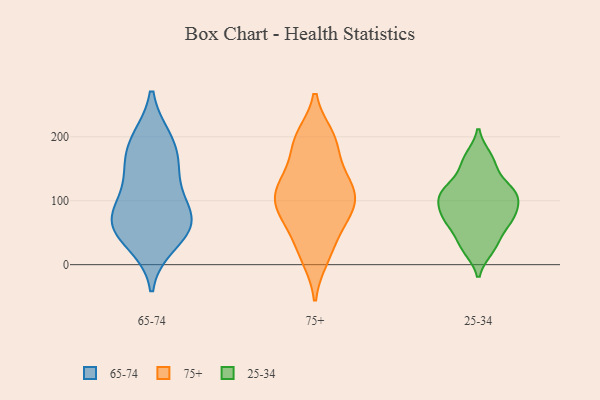
{"axis": {"x": "Revenue (USD Million)", "y": "Value"}, "legend": ["25-34", "65-74", "75+"], "data": [{"x": "", "y": 193, "type": "65-74"}, {"x": "", "y": 162, "type": "65-74"}, {"x": "", "y": 119, "type": "65-74"}, {"x": "", "y": 55, "type": "65-74"}, {"x": "", "y": 70, "type": "65-74"}, {"x": "", "y": 34, "type": "65-74"}, {"x": "", "y": 78, "type": "65-74"}, {"x": "", "y": 147, "type": "65-74"}, {"x": "", "y": 195, "type": "65-74"}, {"x": "", "y": 73, "type": "65-74"}, {"x": "", "y": 61, "type": "65-74"}, {"x": "", "y": 186, "type": "75+"}, {"x": "", "y": 106, "type": "75+"}, {"x": "", "y": 78, "type": "75+"}, {"x": "", "y": 199, "type": "75+"}, {"x": "", "y": 87, "type": "75+"}, {"x": "", "y": 12, "type": "75+"}, {"x": "", "y": 65, "type": "75+"}, {"x": "", "y": 126, "type": "75+"}, {"x": "", "y": 134, "type": "75+"}, {"x": "", "y": 126, "type": "75+"}, {"x": "", "y": 99, "type": "75+"}, {"x": "", "y": 194, "type": "75+"}, {"x": "", "y": 27, "type": "75+"}, {"x": "", "y": 70, "type": "25-34"}, {"x": "", "y": 88, "type": "25-34"}, {"x": "", "y": 116, "type": "25-34"}, {"x": "", "y": 25, "type": "25-34"}, {"x": "", "y": 68, "type": "25-34"}, {"x": "", "y": 154, "type": "25-34"}, {"x": "", "y": 114, "type": "25-34"}, {"x": "", "y": 72, "type": "25-34"}, {"x": "", "y": 168, "type": "25-34"}, {"x": "", "y": 33, "type": "25-34"}, {"x": "", "y": 106, "type": "25-34"}, {"x": "", "y": 113, "type": "25-34"}]}